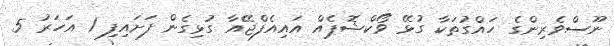
ނޫސްވެރިންގެ ހައްގުތަކާ ގުޅޭ ވޯކްޝޮޕެއް އައިއެފްޖޭއާ ގުޅިގެން ފަށައިފި 1 އަހަރު 5